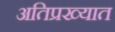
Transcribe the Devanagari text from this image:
अतिप्रख्यात